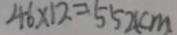
4 6 \times 1 2 = 5 5 2 ( c m